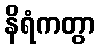
နိရံကတွာ